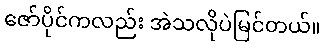
ဇော်ပိုင်ကလည်း အဲသလိုပဲမြင်တယ်။